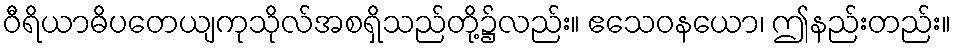
ဝီရိယာဓိပတေယျကုသိုလ်အစရှိသည်တို့၌လည်း။ ဧသေဝနယော၊ ဤနည်းတည်း။